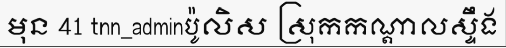
មុន 41 tnn_adminប៉ូលិស ស្រុកកណ្តាលស្ទឹង